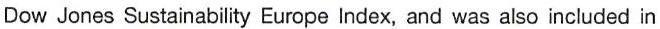
Dow Jones Sustainability Europe Index, and was also included in